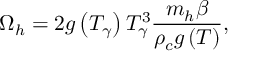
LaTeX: \Omega _ { h } = 2 g \left( T _ { \gamma } \right) T _ { \gamma } ^ { 3 } \frac { m _ { h } \beta } { \rho _ { c } g \left( T \right) } ,